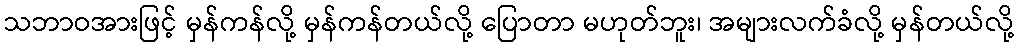
သဘာဝအားဖြင့် မှန်ကန်လို့ မှန်ကန်တယ်လို့ ပြောတာ မဟုတ်ဘူး၊ အများလက်ခံလို့ မှန်တယ်လို့